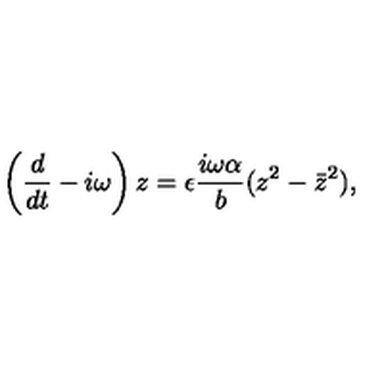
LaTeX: \left( \frac { d } { d t } - i \omega \right) z = \epsilon \frac { i \omega \alpha } { b } ( z ^ { 2 } - { \bar { z } } ^ { 2 } ) ,